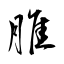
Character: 脽